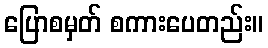
ပြောစမှတ် စကားပေတည်း။